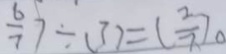
\frac { 6 } { 7 } ) \div ( 3 ) = ( \frac { 2 } { 7 } ) 。